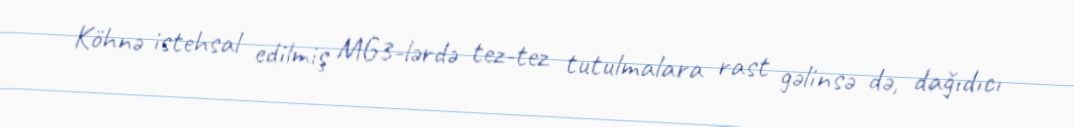
Köhnə istehsal edilmiş MG3-lərdə tez-tez tutulmalara rast gəlinsə də, dağıdıcı